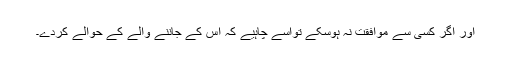
اور اگر کسی سے موافقت نہ ہوسکے تواسے چاہیے کہ اس کے جاننے والے کے حوالے کردے۔